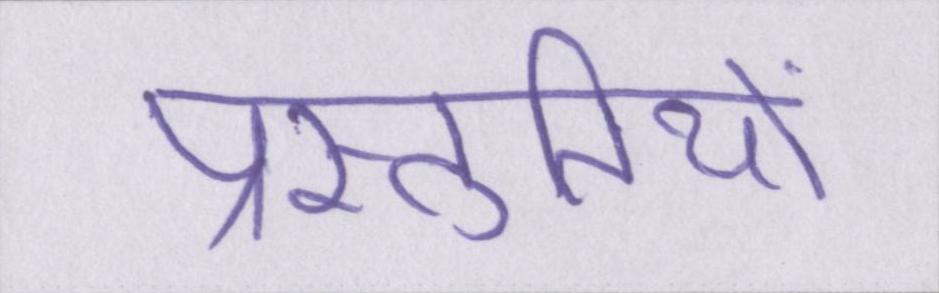
प्रस्तुतियों